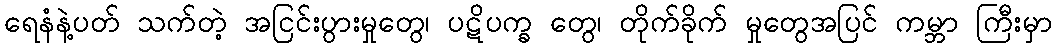
ရေနံနဲ့ပတ် သက်တဲ့ အငြင်းပွားမှုတွေ၊ ပဋိပက္ခ တွေ၊ တိုက်ခိုက် မှုတွေအပြင် ကမ္ဘာ ကြီးမှာ